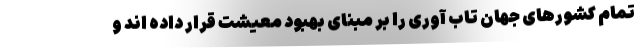
تمام کشورهای جهان تاب آوری را بر مبنای بهبود معیشت قرار داده اند و